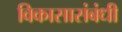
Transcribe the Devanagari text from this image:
विकासासंबंधी